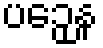
ပဉှေန